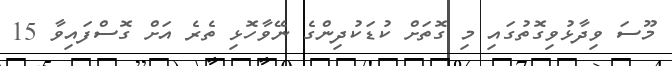
މޫސަ ވިދާޅުވިގޮތުގައި މި ގޮތަށް ކުޑަކުދިންގެ ނޭވާހޮޅި ތެރެ އަށް ގޮސްފައިވާ 15